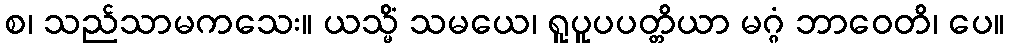
စ၊ သည်သာမကသေး။ ယသ္မိံ သမယေ၊ ရူပူပပတ္တိယာ မဂ္ဂံ ဘာဝေတိ၊ ပေ။